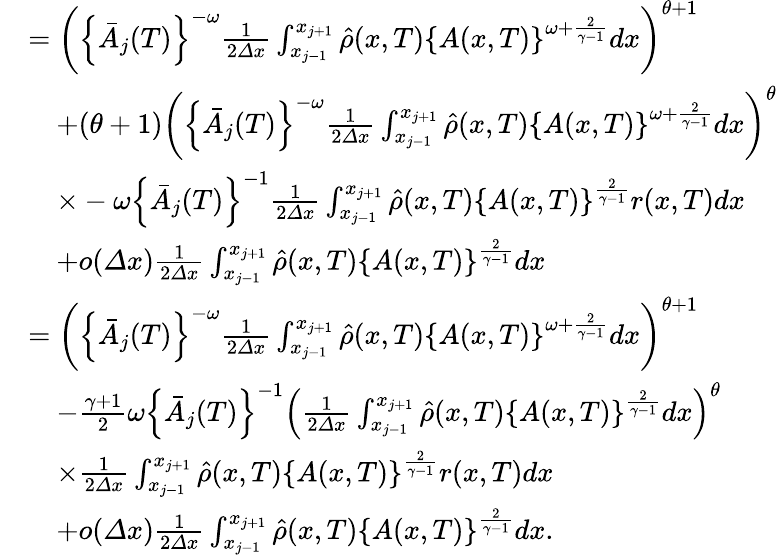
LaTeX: \begin{array}{rl}&{=\left(\left\{ \bar{A}_{j}(T)\right\} ^{-\omega}\frac 1{2{\varDelta}x}\int_{x_{j-1}}^{x_{j+1}}\hat{\rho}(x,T)\left\{ A(x,T)\right\} ^{\omega+\frac{2}{\gamma-1}}dx\right)^{\theta+1}}\\ &{\quad+(\theta+1)\left(\left\{ \bar{A}_{j}(T)\right\} ^{-\omega}\frac 1{2{\varDelta}x}\int_{x_{j-1}}^{x_{j+1}}\hat{\rho}(x,T)\left\{ A(x,T)\right\} ^{\omega+\frac{2}{\gamma-1}}dx\right)^{\theta}}\\ &{\quad\times-\omega\left\{ \bar{A}_{j}(T)\right\} ^{-1}\frac 1{2{\varDelta}x}\int_{x_{j-1}}^{x_{j+1}}\hat{\rho}(x,T)\left\{ A(x,T)\right\} ^{\frac{2}{\gamma-1}}r(x,T)dx}\\ &{\quad+o({\varDelta}x)\frac 1{2{\varDelta}x}\int_{x_{j-1}}^{x_{j+1}}\hat{\rho}(x,T)\left\{ A(x,T)\right\} ^{\frac{2}{\gamma-1}}dx}\\ &{=\left(\left\{ \bar{A}_{j}(T)\right\} ^{-\omega}\frac 1{2{\varDelta}x}\int_{x_{j-1}}^{x_{j+1}}\hat{\rho}(x,T)\left\{ A(x,T)\right\} ^{\omega+\frac{2}{\gamma-1}}dx\right)^{\theta+1}}\\ &{\quad-\frac{\gamma+1}{2}\omega\left\{ \bar{A}_{j}(T)\right\} ^{-1}\left(\frac 1{2{\varDelta}x}\int_{x_{j-1}}^{x_{j+1}}\hat{\rho}(x,T)\left\{ A(x,T)\right\} ^{\frac{2}{\gamma-1}}dx\right)^{\theta}}\\ &{\quad\times\frac 1{2{\varDelta}x}\int_{x_{j-1}}^{x_{j+1}}\hat{\rho}(x,T)\left\{ A(x,T)\right\} ^{\frac{2}{\gamma-1}}r(x,T)dx}\\ &{\quad+o({\varDelta}x)\frac 1{2{\varDelta}x}\int_{x_{j-1}}^{x_{j+1}}\hat{\rho}(x,T)\left\{ A(x,T)\right\} ^{\frac{2}{\gamma-1}}dx.}\end{array}